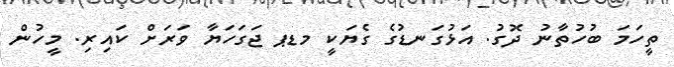
ތީހަމަ ބުހުތާނު ދޮގު. އަޅުގަނޑުގެ ގެޔަކީ މޑޕ ޖަގަހަޔާ ވަރަށް ކައިރި. މީހުން